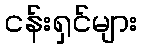
ငန်းရှင်များ